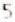
5